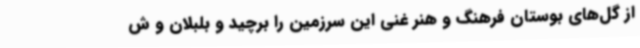
از گل‌های بوستان فرهنگ و هنر غنی این سرزمین را برچید و بلبلان و ش